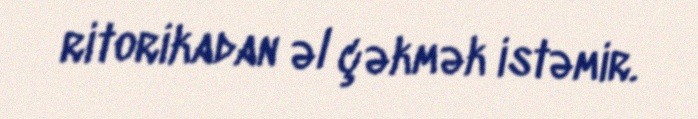
ritorikadan əl çəkmək istəmir.